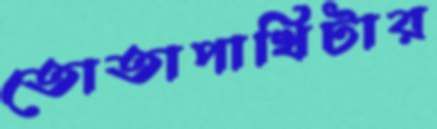
তোতাপাখিটার